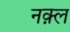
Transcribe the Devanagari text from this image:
नक़्ल